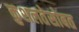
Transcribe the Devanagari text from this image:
कुशलतेसोबत